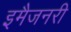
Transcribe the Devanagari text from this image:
इमैजनरी